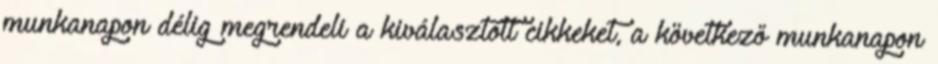
munkanapon délig megrendeli a kiválasztott cikkeket, a következő munkanapon